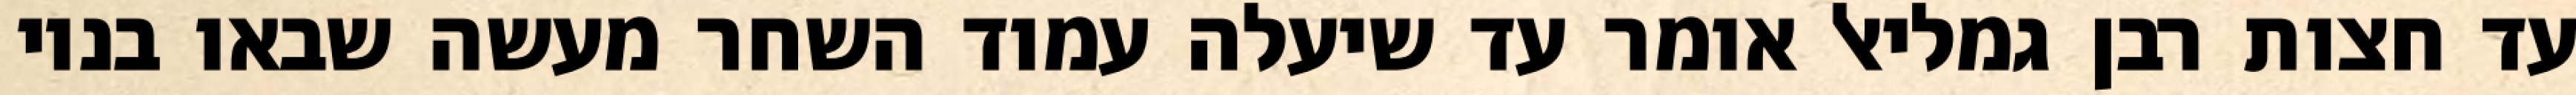
עד חצות רבן גמליאל אומר עד שיעלה עמוד השחר מעשה שבאו בניו